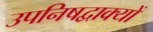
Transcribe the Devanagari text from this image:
उपनिषद्वाक्यों